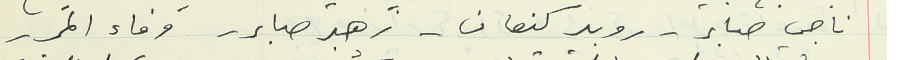
ناجي صابر - روبير كنعان - زهير صابر - وفاء المر -